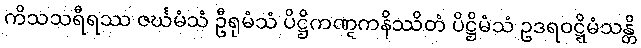
ကိသသရီရဿ ဇင်္ဃမံသံ ဦရုမံသံ ပိဋ္ဌိကဏ္ဋကနိဿိတံ ပိဋ္ဌိမံသံ ဥဒရဝဋ္ဋိမံသန္တိ